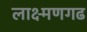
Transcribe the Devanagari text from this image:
लाक्ष्मणगढ